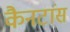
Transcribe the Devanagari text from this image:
कैनटांस